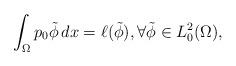
LaTeX: \begin{align*}\int_\Omega p_0 \tilde{\phi}\,dx=\ell (\tilde\phi), \forall \tilde{\phi}\in L^2_0(\Omega),\end{align*}